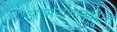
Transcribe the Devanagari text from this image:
आत्मनाशाकरिता